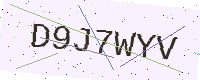
Text: D9J7WYV